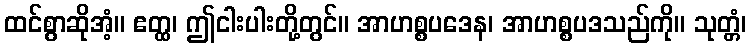
ထင်စွာဆိုအံ့။ ဧတ္ထ၊ ဤငါးပါးတို့တွင်။ အာဟစ္စပဒေန၊ အာဟစ္စပဒသည်ကို။ သုတ္တံ၊